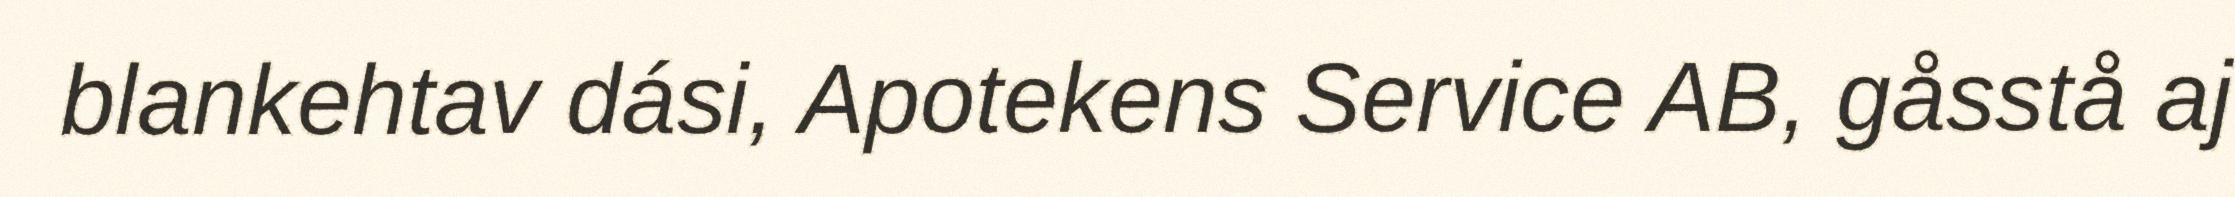
blankehtav dási, Apotekens Service AB, gåsstå aj